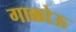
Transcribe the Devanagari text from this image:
गाक्कोऊ